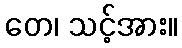
တေ၊ သင့်အား။